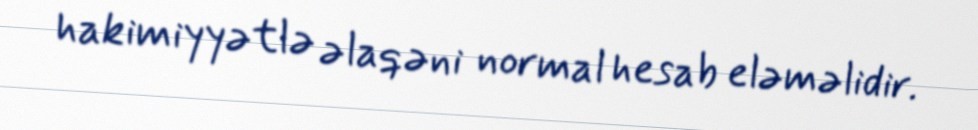
hakimiyyətlə əlaqəni normal hesab eləməlidir.